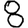
Digit: 8